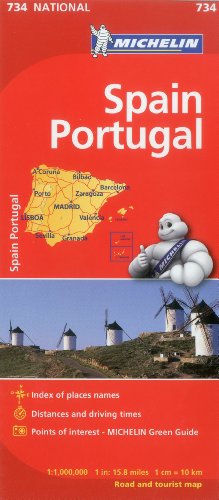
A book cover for Michelin Spain & Portugal Map 734 (Maps/Country (Michelin)); Michelin Travel & Lifestyle; Travel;